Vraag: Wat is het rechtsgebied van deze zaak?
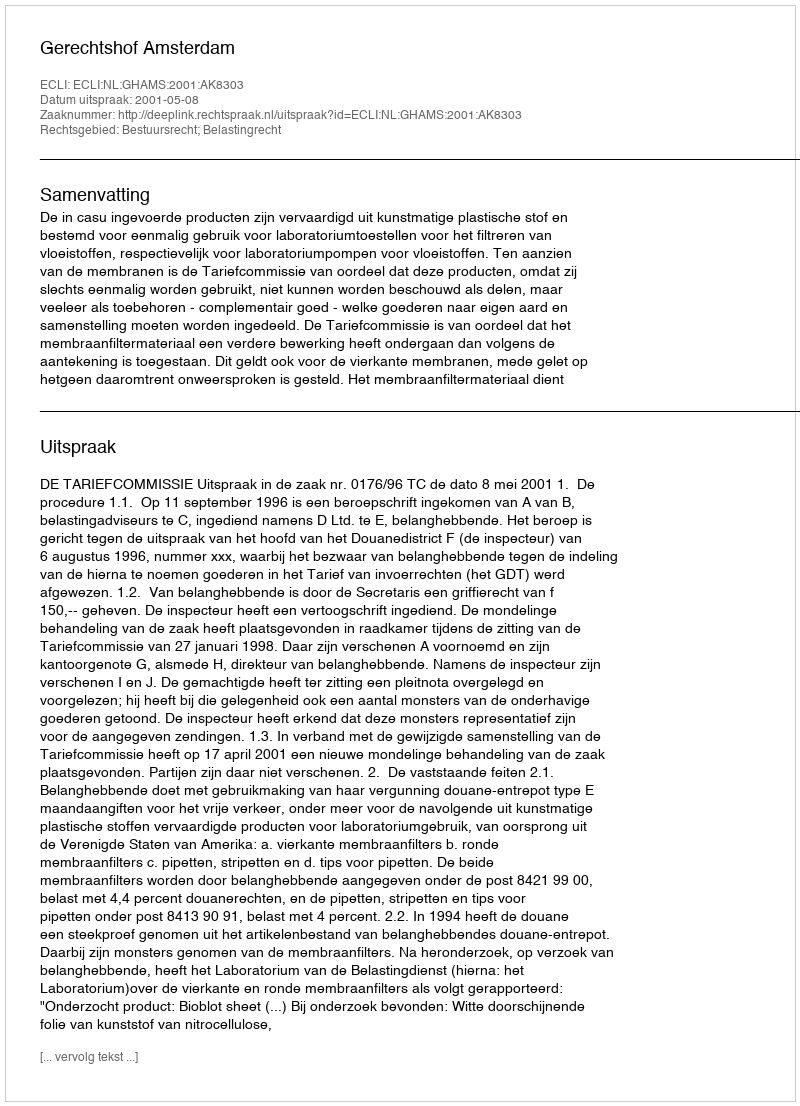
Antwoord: Bestuursrecht; Belastingrecht